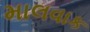
માલવાક